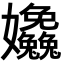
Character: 𡤹